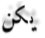
يكن